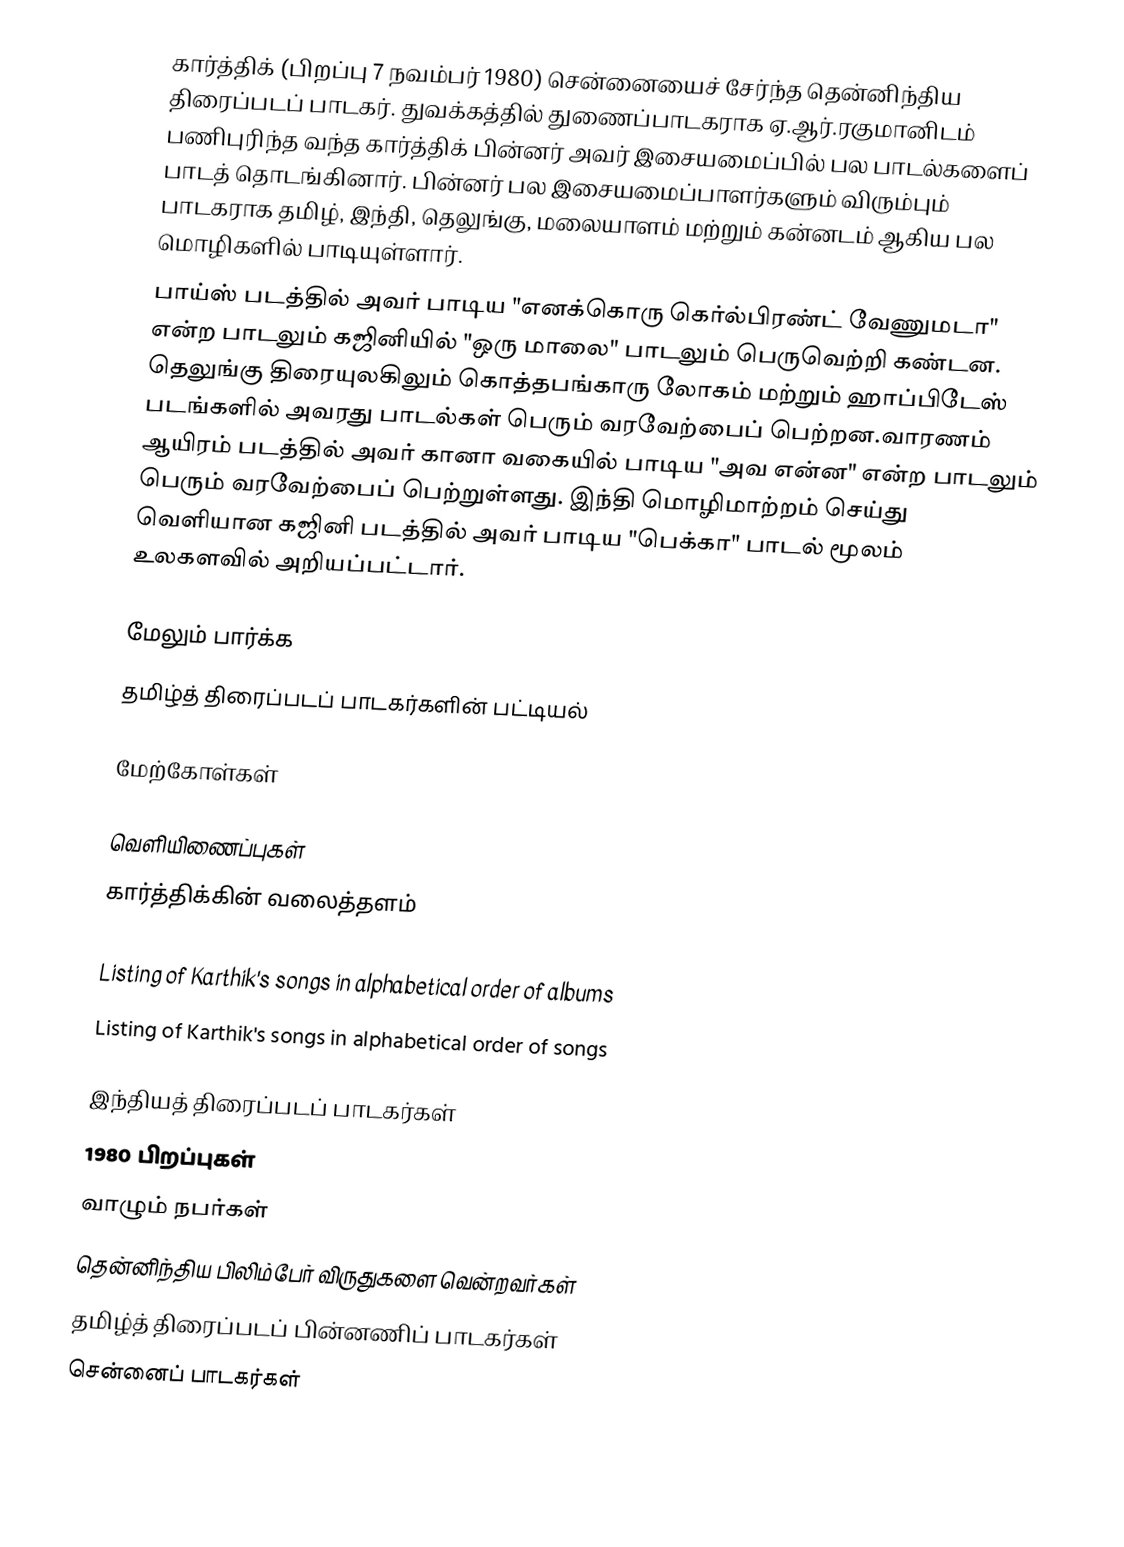
கார்த்திக் (பிறப்பு 7 நவம்பர் 1980) சென்னையைச் சேர்ந்த தென்னிந்திய திரைப்படப் பாடகர். துவக்கத்தில் துணைப்பாடகராக ஏ.ஆர்.ரகுமானிடம் பணிபுரிந்த வந்த கார்த்திக் பின்னர் அவர் இசையமைப்பில் பல பாடல்களைப் பாடத் தொடங்கினார். பின்னர் பல இசையமைப்பாளர்களும் விரும்பும் பாடகராக தமிழ், இந்தி, தெலுங்கு, மலையாளம் மற்றும் கன்னடம் ஆகிய பல மொழிகளில் பாடியுள்ளார்.
பாய்ஸ் படத்தில் அவர் பாடிய "எனக்கொரு கெர்ல்பிரண்ட் வேணுமடா" என்ற பாடலும் கஜினியில் "ஒரு மாலை" பாடலும் பெருவெற்றி கண்டன. தெலுங்கு திரையுலகிலும்  கொத்தபங்காரு லோகம் மற்றும் ஹாப்பிடேஸ் படங்களில் அவரது பாடல்கள் பெரும் வரவேற்பைப் பெற்றன.வாரணம் ஆயிரம் படத்தில் அவர் கானா வகையில் பாடிய "அவ என்ன" என்ற பாடலும் பெரும் வரவேற்பைப் பெற்றுள்ளது. இந்தி மொழிமாற்றம் செய்து வெளியான கஜினி படத்தில் அவர் பாடிய "பெக்கா" பாடல் மூலம் உலகளவில் அறியப்பட்டார்.

மேலும் பார்க்க
தமிழ்த் திரைப்படப் பாடகர்களின் பட்டியல்

மேற்கோள்கள்

வெளியிணைப்புகள்
 கார்த்திக்கின் வலைத்தளம்

 Listing of Karthik's songs in alphabetical order of albums
 Listing of Karthik's songs in alphabetical order of songs

இந்தியத் திரைப்படப் பாடகர்கள்
1980 பிறப்புகள்
வாழும் நபர்கள்
தென்னிந்திய பிலிம்பேர் விருதுகளை வென்றவர்கள்
தமிழ்த் திரைப்படப் பின்னணிப் பாடகர்கள்
சென்னைப் பாடகர்கள்